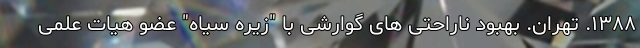
۱۳۸۸. تهران. بهبود ناراحتی های گوارشی با "زیره سیاه" عضو هیات علمی